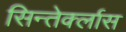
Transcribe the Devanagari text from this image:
सिन्तेर्क्लास